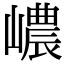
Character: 嶩